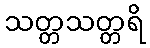
သတ္တသတ္တရိ